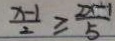
\frac { x - 1 } { 2 } \geq \frac { 2 x + 1 } { 5 }